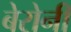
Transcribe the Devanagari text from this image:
बेरोनी